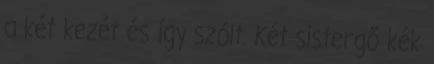
a két kezét és így szólt. Két sistergő kék